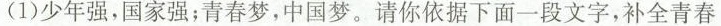
(1)少年强，国家强；青春梦，中国梦。请你依据下面一段文字，补全青春